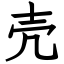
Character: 壳